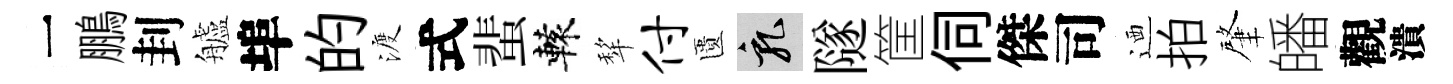
一鵬刲艫埠的渡式蜚轅犂付匱乳隧筐伺傑司迺拍肇皤觀潰